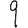
Digit: 9